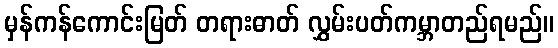
မှန်ကန်ကောင်းမြတ် တရားဓာတ် လွှမ်းပတ်ကမ္ဘာတည်ရမည်။